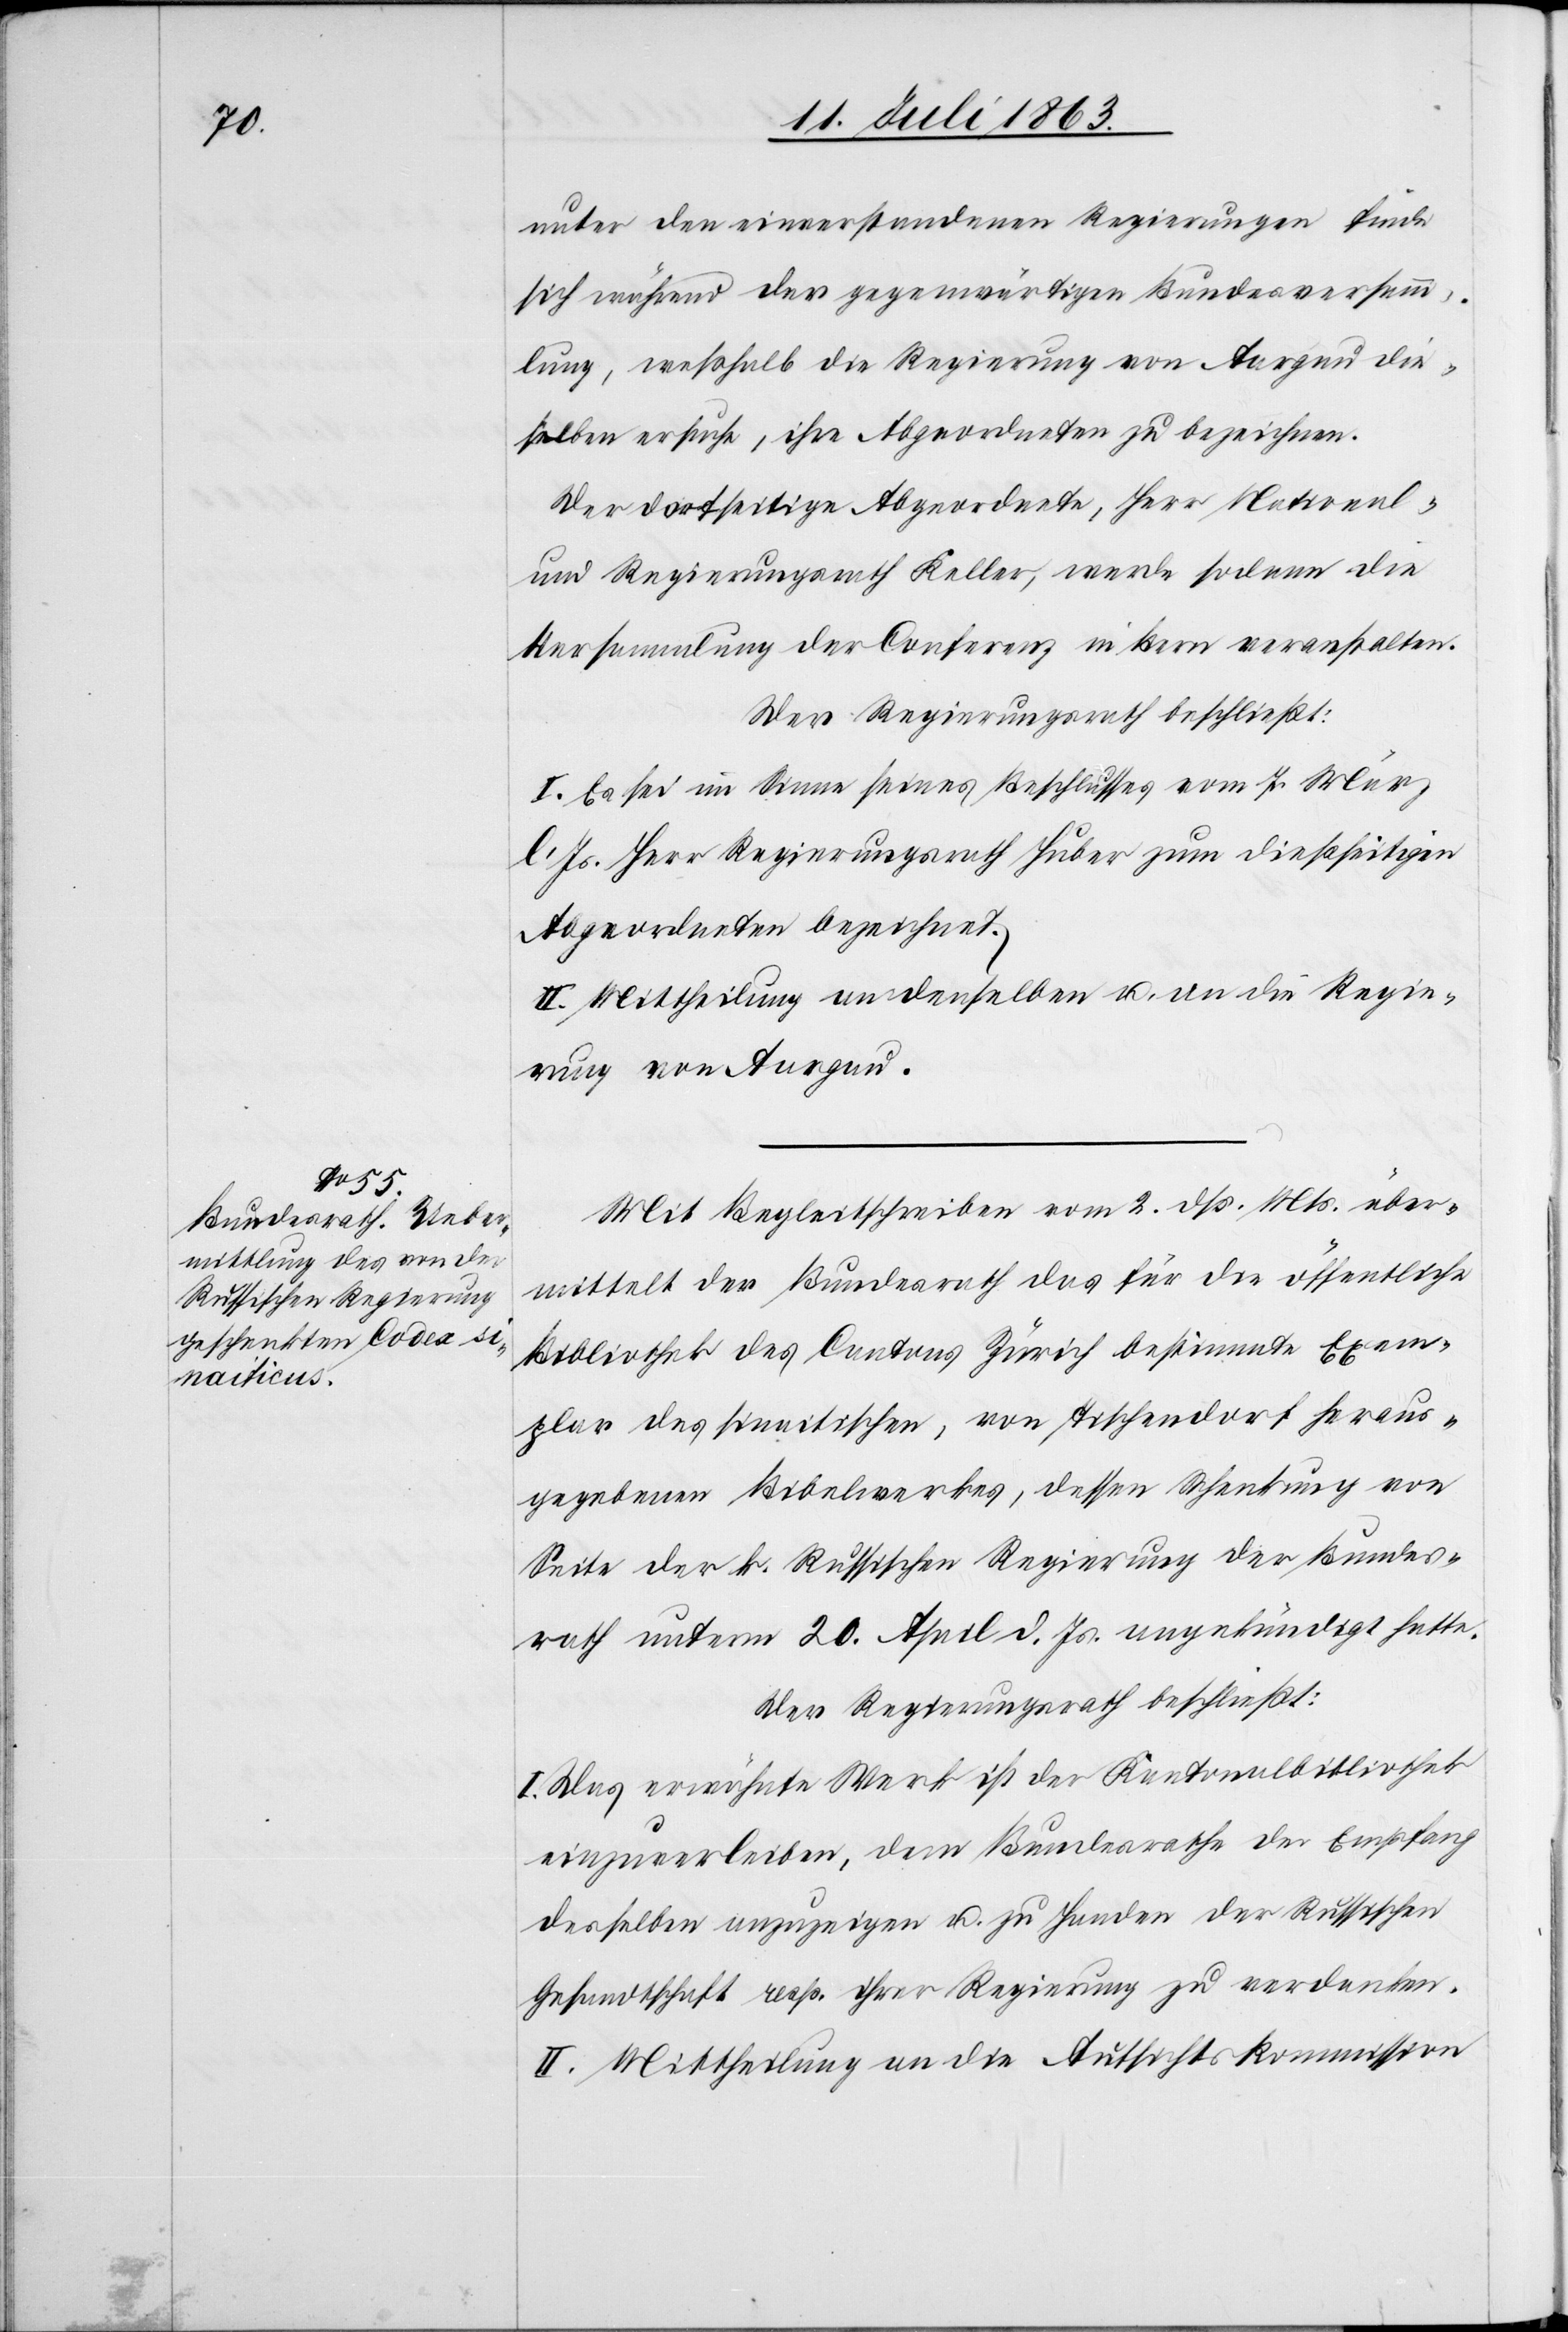
unter den einverstandenen Regierungen finde
sich während der gegenwärtigen Bundesversamm¬
lung, weßhalb die Regierung von Aargau die¬
selben ersuche, ihre Abgeordneten zu bezeichnen.
Der dortseitige Abgeordnete, Herr National-
und Regierungsrath Keller, werde sodann die
Versammlung der Conferenz in Bern veranstalten.
Der Regierungsrath beschließt:
I. Es sei im Sinne seines Beschlusses vom 7. März
l. Js. Herr Regierungsrath Huber zum dießseitigen
Abgeordneten bezeichnet.
II. Mittheilung an denselben u. an die Regie¬
rung von Aargau.
Mit Begleitschreiben vom 2. dß. Mts. über¬
mittelt der Bundesrath das für die öffentliche
Bibliothek des Cantons Zürich bestimmte Exem¬
plar des sinaitischen, von Tischendorf heraus¬
gegebenen Bibelwerkes, dessen Schenkung von
Seite der k. Russischen Regierung der Bundes¬
rath unterm 20. April d. Js. angekündigt hatte.
Der Regierungsrath beschließt:
I. Das erwähnte Werk ist der Kantonalbibliothek
einzuverleiben, dem Bundesrathe der Empfang
desselben anzuzeigen u. zu Handen der Russischen
Gesandtschaft resp. ihrer Regierung zu verdanken.
II. Mittheilung an die Aufsichtskommission